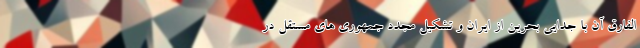
الفارق آن با جدایی بحرین از ایران و تشکیل مجدد جمهوری های مستقل در